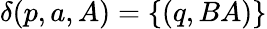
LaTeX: \delta(p,a,A)=\{ (q,BA)\}